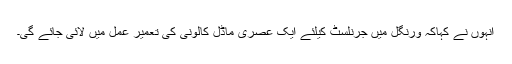
انہوں نے کہاکہ ورنگل میں جرنلسٹ کیلئے ایک عصری ماڈل کالونی کی تعمیر عمل میں لائی جائے گی۔